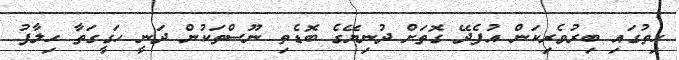
ހިތުގައި ބިރުވެރިކަން އުފެދޭ ގޮތަށް ދުނިޔޭގެ ބޮޑެތި ނޫސްތަކުން ދަނީ ހަގީގަތާ ހިލާފު